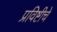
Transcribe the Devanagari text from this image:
प्रविष्टीचे